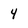
Character: 4